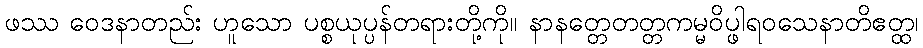
ဖဿ ဝေဒနာတည်း ဟူသော ပစ္စယုပ္ပန်တရားတို့ကို။ နာနတ္တေတတ္တကမ္မဝိပ္ဖါရဝသေနာတိဧတ္ထ၊